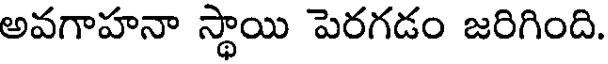
అవగాహనా స్థాయి పెరగడం జరిగింది.